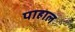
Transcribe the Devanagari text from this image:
पाहाल